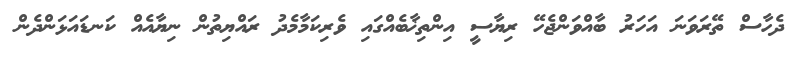
ދެހާސް ތޭރަވަނަ އަހަރު ބާއްވަންޖެހޭ ރިޔާސީ އިންތިޚާބެއްގައި ވެރިކަމާމެދު ރައްޔިތުން ނިޔާއެއް ކަނޑައަޅަންދެން